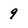
Character: 9